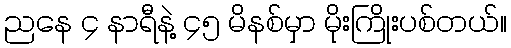
ညနေ ၄ နာရီနဲ့ ၄၅ မိနစ်မှာ မိုးကြိုးပစ်တယ်။